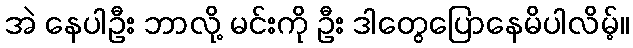
အဲ နေပါဦး ဘာလို့ မင်းကို ဦး ဒါတွေပြောနေမိပါလိမ့်။